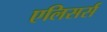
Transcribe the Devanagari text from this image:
एलिसर्स